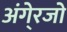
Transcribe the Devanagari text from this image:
अंगे्रजो